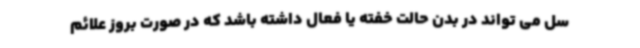
سل می تواند در بدن حالت خفته یا فعال داشته باشد که در صورت بروز علائم